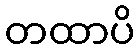
တထာပိ